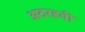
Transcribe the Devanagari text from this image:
अठरहवीं